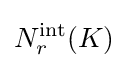
N_{r}^{\text{int}}(K)